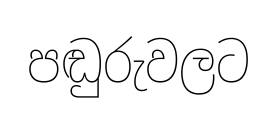
පඬුරුවලට